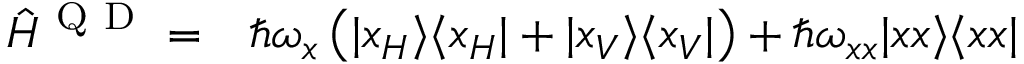
\begin{array} { r l } { \hat { H } ^ { \mathrm { ~ Q ~ D ~ } } = } & { { } \hbar \omega _ { x } \left( \vert x _ { H } \rangle \langle x _ { H } \vert + \vert x _ { V } \rangle \langle x _ { V } \vert \right) + \hbar \omega _ { x x } \vert x x \rangle \langle x x \vert } \end{array}